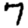
Digit: 7